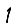
Digit: 1